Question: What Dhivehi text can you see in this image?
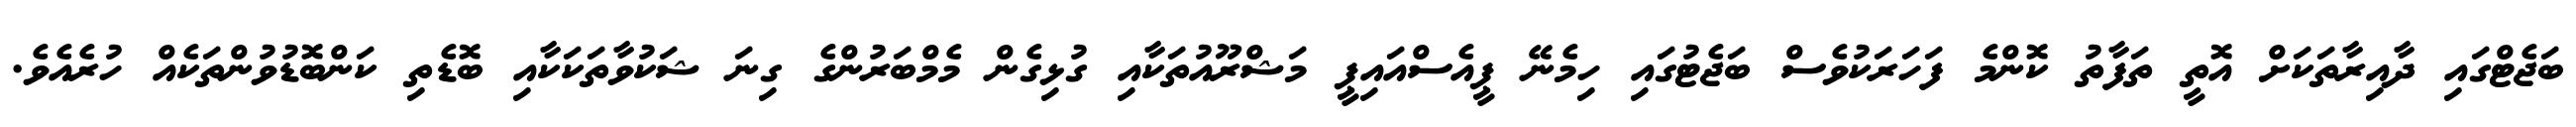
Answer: ބަޖެޓްގައި ދާއިރާތަކަށް އޮތީ ތަފާތު ކޮންމެ ފަހަރަކުވެސް ބަޖެޓުގައި ހިމެނޭ ޕީއެސްއައިޕީ މަޝްރޫއުތަކާއި ގުޅިގެން މެމްބަރުންގެ ގިނަ ޝަކުވާތަކަކާއި ބޮޑެތި ކަންބޮޑުވުންތަކެއް ހުރެއެވެ.